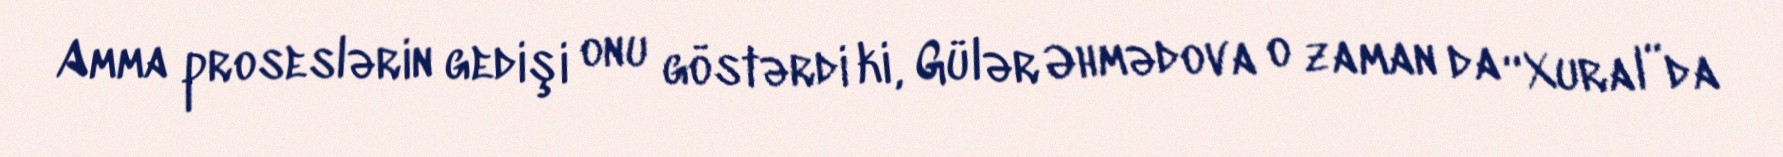
Amma proseslərin gedişi onu göstərdi ki, Gülər Əhmədova o zaman da “Xural”da